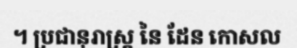
។ ប្រជានុរាស្ត្រ នៃ ដែន កោសល